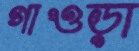
গাওড়া